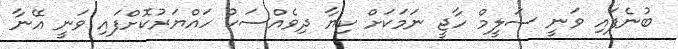
ބުނެފައި ވަނީ ސަލީމް ހާޖީ ނަމަކަށް ކިޔާ ދިވެއްސަކު ހައްޔަރުކޮށްފައި ވަނީ އޭނާ